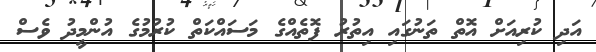
އަދި ކުރިއަށް އޮތް ތަނުގައި އިތުރު ފޮތެއްގެ މަސައްކަތް ކުރުމުގެ އުންމީދު ވެސް